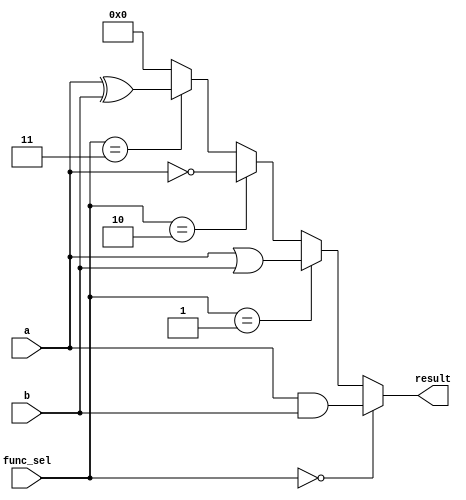
module combinational_logic_block (
    input wire [3:0] a,         // 4-bit input A
    input wire [3:0] b,         // 4-bit input B
    input wire [1:0] func_sel,  // Function selector
    output wire [3:0] result     // 4-bit output for results
);

// Internal wires for shared logic
wire [3:0] and_result;
wire [3:0] or_result;
wire [3:0] not_result;
wire [3:0] xor_result;

// AND operation
assign and_result = a & b;

// OR operation
assign or_result = a | b;

// NOT operation (only on a for simplicity)
assign not_result = ~a;

// XOR operation
assign xor_result = a ^ b;

// Multiplexer to select the result based on func_sel
assign result = (func_sel == 2'b00) ? and_result :
                (func_sel == 2'b01) ? or_result :
                (func_sel == 2'b10) ? not_result :
                (func_sel == 2'b11) ? xor_result :
                4'b0000; // Default case

endmodule